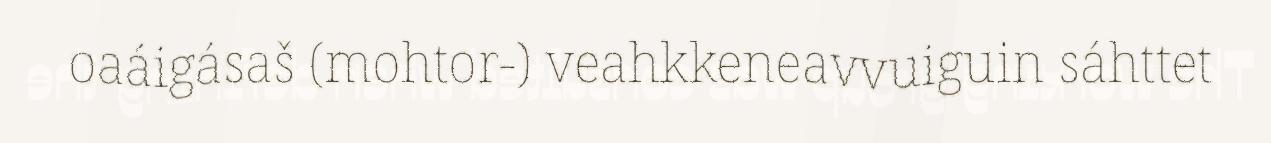
oaáigásaš (mohtor-) veahkkeneavvuiguin sáhttet